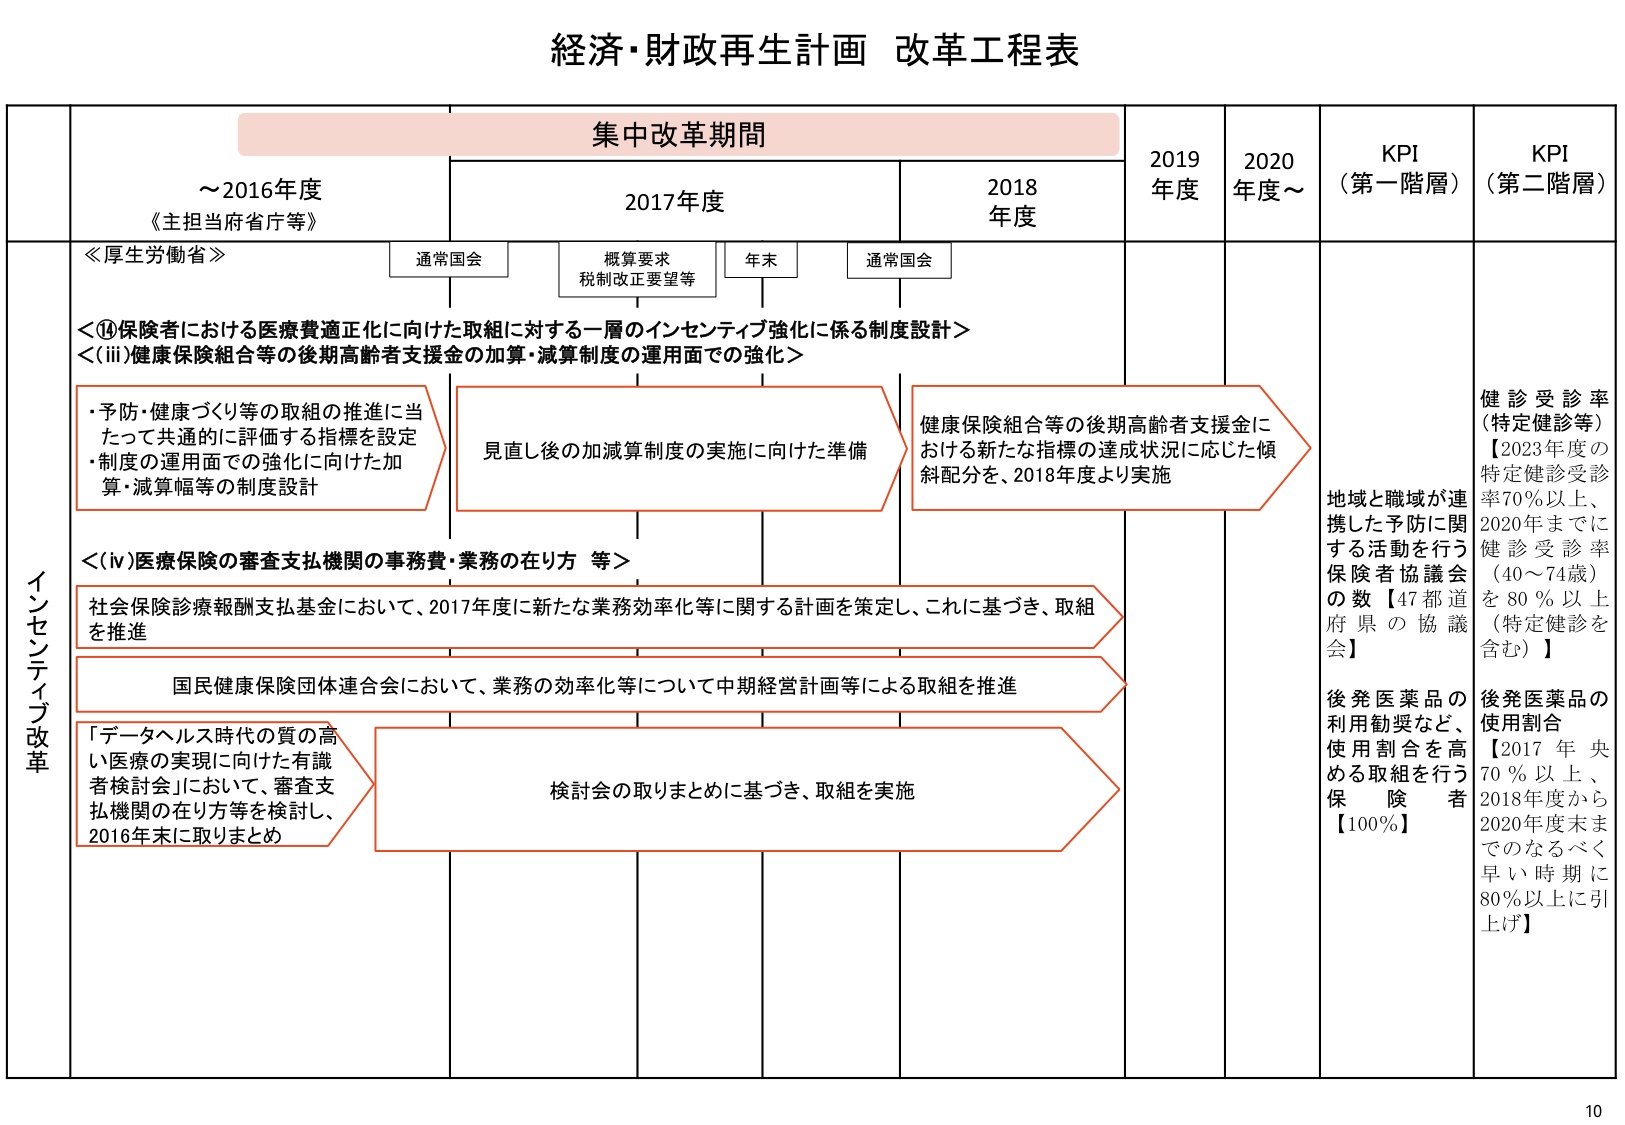
経済・財政再生計画 改革工程表

集中改革期間

～2016年度
《主担当府省庁等》

2017年度
通常国会
概算要求
税制改正要望等
年末
通常国会

2018年度

2019年度

2020年度～

KPI（第一階層）

KPI（第二階層）

≪厚生労働省≫

＜⑭保険者における医療費適正化に向けた取組に対する一層のインセンティブ強化に係る制度設計＞
＜(iii)健康保険組合等の後期高齢者支援金の加算・減算制度の運用面での強化＞

・予防・健康づくり等の取組の推進に当たって共通的に評価する指標を設定
・制度の運用面での強化に向けた加算・減算幅等の制度設計

見直し後の加減算制度の実施に向けた準備

健康保険組合等の後期高齢者支援金における新たな指標の達成状況に応じた傾斜配分を、2018年度より実施

＜(iv)医療保険の審査支払機関の事務費・業務の在り方 等＞

社会保険診療報酬支払基金において、2017年度に新たな業務効率化等に関する計画を策定し、これに基づき、取組を推進

国民健康保険団体連合会において、業務の効率化等について中期経営計画等による取組を推進

「データヘルス時代の質の高い医療の実現に向けた有識者検討会」において、審査支払機関の在り方等を検討し、2016年末に取りまとめ

検討会の取りまとめに基づき、取組を実施

インセンティブ改革

地域と職域が連携した予防に関する活動を行う保険者協議会の数【47都道府県の協議会】

後発医薬品の利用勧奨など、使用割合を高める取組を行う保険者【100%】

健診受診率（特定健診等）
【2023年度の特定健診受診率70％以上、2020年までに健診受診率（40～74歳）を80％以上（特定健診を含む）】

後発医薬品の使用割合
【2017年央70％以上、2018年度から2020年度末までとなるべく早い時期に80％以上に引上げ】

10